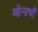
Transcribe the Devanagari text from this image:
व्हेन्सची